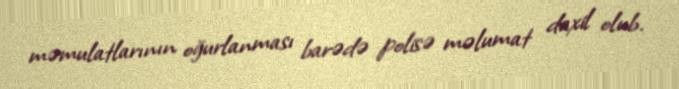
məmulatlarının oğurlanması barədə polisə məlumat daxil olub.